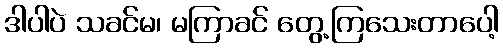
ဒါပါပဲ သခင်မ၊ မကြာခင် တွေ့ကြသေးတာပေါ့